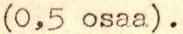
(0,5 osaa).